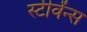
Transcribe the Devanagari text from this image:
स्टीवेंन्स